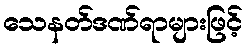
သေနတ်ဒဏ်ရာများဖြင့်